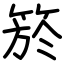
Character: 箊